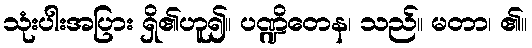
သုံးပါးအပြား ရှိ၏ဟူ၍။ ပဏ္ဍိတေန၊ သည်။ မတာ၊ ၏။